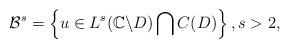
LaTeX: \begin{align*}\mathcal B^s = \left \{ u \in L^s(\mathbb C \backslash D)\bigcap C (D) \right \}, s>2,\end{align*}